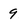
Character: 9